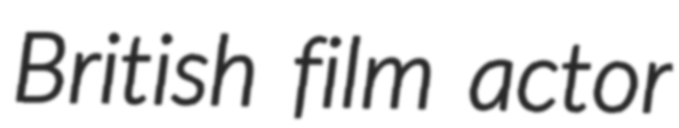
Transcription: British film actor